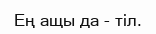
Ең ащы да - тіл.